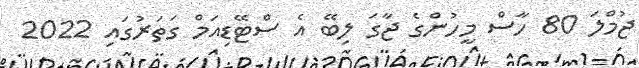
ޖުމްލަ 80 ހާސް މީހުންގެ ޖާގަ ލިބޭ އެ ސްޓޭޑިއަމް ގަތަރުގައި 2022